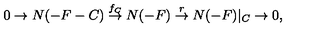
0 \rightarrow N ( - F - C ) \stackrel { f _ { C } } { \rightarrow } N ( - F ) \stackrel { r } { \rightarrow } N ( - F ) | _ { C } \rightarrow 0 ,